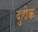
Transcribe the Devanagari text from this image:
दुहोक